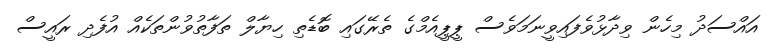
އައްސަދު މިހެން ވިދާޅުވެފައިވީނަމަވެސް ޕީޕީއެމްގެ ތެރޭގައި ބޮޑެތި ހިޔާލް ތަފާތުވުންތަކެއް އުފެދި ރައީސް